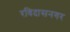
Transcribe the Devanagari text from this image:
रविदासनगर